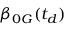
\beta _ { 0 G } ( t _ { d } )